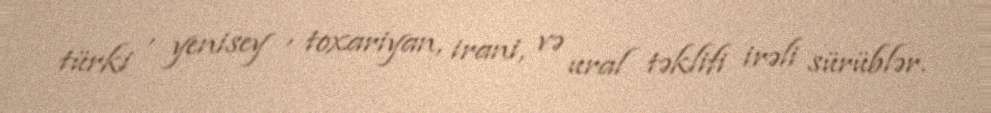
türki , yenisey , toxariyan, irani, və ural təklifi irəli sürüblər.